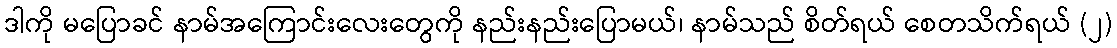
ဒါကို မပြောခင် နာမ်အကြောင်းလေးတွေကို နည်းနည်းပြောမယ်၊ နာမ်သည် စိတ်ရယ် စေတသိက်ရယ် (၂)